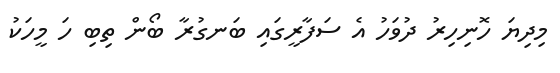
މިދިޔަ ހޮނިހިރު ދުވަހު އެ ސަފާރީގައި ބަނގުރާ ބޯން ތިބި ހަ މީހަކު